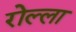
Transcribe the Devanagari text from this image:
रोल्ला